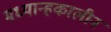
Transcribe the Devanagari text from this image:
मध्यान्हकालीन